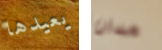
يعيدها مدان